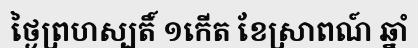
ថ្ងៃព្រហស្បតិ៍ ១កើត ខែស្រាពណ៍ ឆ្នាំ